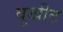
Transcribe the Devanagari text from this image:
बुखीट